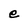
Character: e